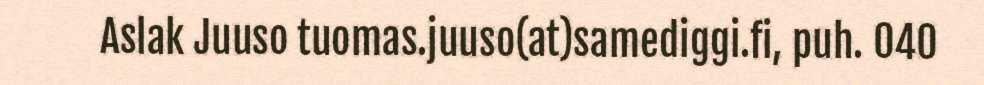
Aslak Juuso tuomas.juuso(at)samediggi.fi, puh. 040